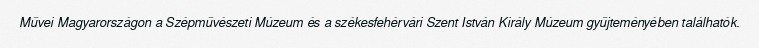
Művei Magyarországon a Szépművészeti Múzeum és a székesfehérvári Szent István Király Múzeum gyűjteményében találhatók.